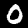
Label: 0